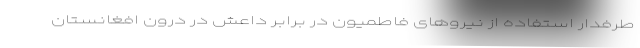
طرفدار استفاده از نیروهای فاطمیون در برابر داعش در درون افغانستان